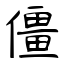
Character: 僵